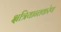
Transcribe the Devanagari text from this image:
क्षत्रियान्तकरेण